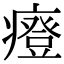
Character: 𤺌